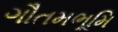
ગૌતમભૂમિ